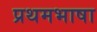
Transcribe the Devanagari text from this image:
प्रथमभाषा